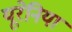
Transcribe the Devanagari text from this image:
यूरेनिया